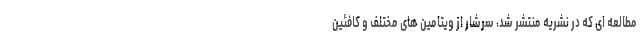
مطالعه ای که در نشریه منتشر شد، سرشار از ویتامین های مختلف و کافئین